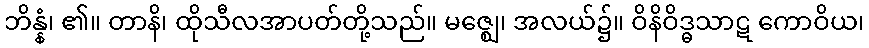
ဘိန္နံ၊ ၏။ တာနိ၊ ထိုသီလအာပတ်တို့သည်။ မဇ္ဈေ၊ အလယ်၌။ ဝိနိဝိဒ္ဓသာဋ ကောဝိယ၊